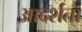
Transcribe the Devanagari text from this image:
आदर्शता